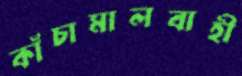
কাঁচামালবাহী